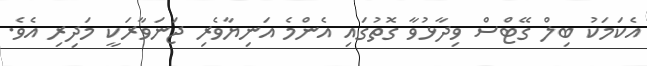
އެކަމަކު ބިލް ގޭޓްސް ވިދާޅުވާ ގޮތުގައި އެންމެ އަނިޔާވެރި ޖަނަވާރަކީ މަދިރި އެވެ.